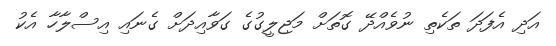
އަދި އެފަދަ ތަކެތި ނުވެއްދޭ ގޮތަށް މަޖިލީގުގެ ގަވާއިދަށް ގެނައި އިސްލާހާ އެކު